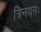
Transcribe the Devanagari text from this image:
त्रिनयनः